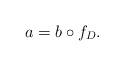
LaTeX: \begin{align*}a=b\circ f_{D}.\end{align*}